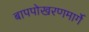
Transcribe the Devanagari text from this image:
बापपोखरणमार्गे